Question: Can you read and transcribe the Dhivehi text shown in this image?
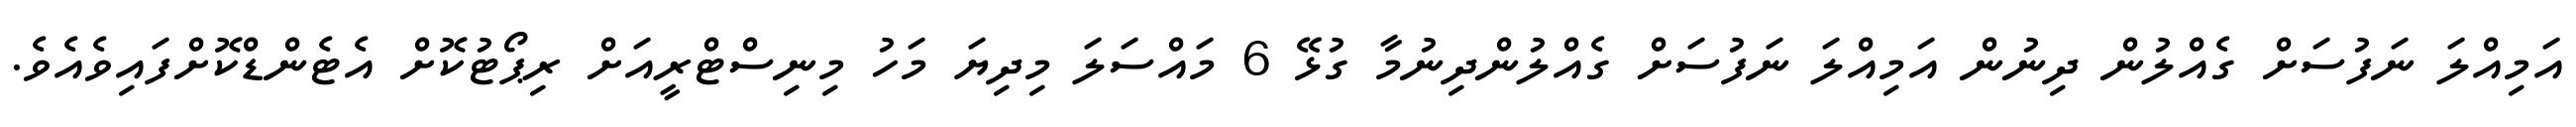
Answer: އަމިއްލަ ނަފުސަށް ގެއްލުން ދިނުން އަމިއްލަ ނަފުސަށް ގެއްލުންދިނުމާ ގުޅޭ 6 މައްސަލަ މިދިޔަ މަހު މިނިސްޓްރީއަށް ރިޕޯޓުކޮށް އެޓެންޑްކޮށްފައިވެއެވެ.